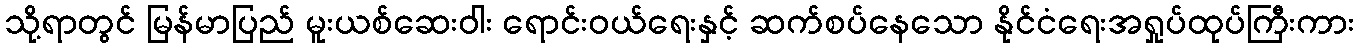
သို့ရာတွင် မြန်မာပြည် မူးယစ်ဆေးဝါး ရောင်းဝယ်ရေးနှင့် ဆက်စပ်နေသော နိုင်ငံရေးအရှုပ်ထုပ်ကြီးကား